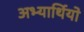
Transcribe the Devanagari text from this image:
अभ्यार्थियो